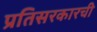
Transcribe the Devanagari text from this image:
प्रतिसरकारची